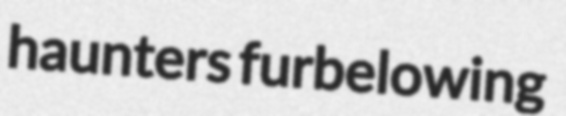
haunters furbelowing